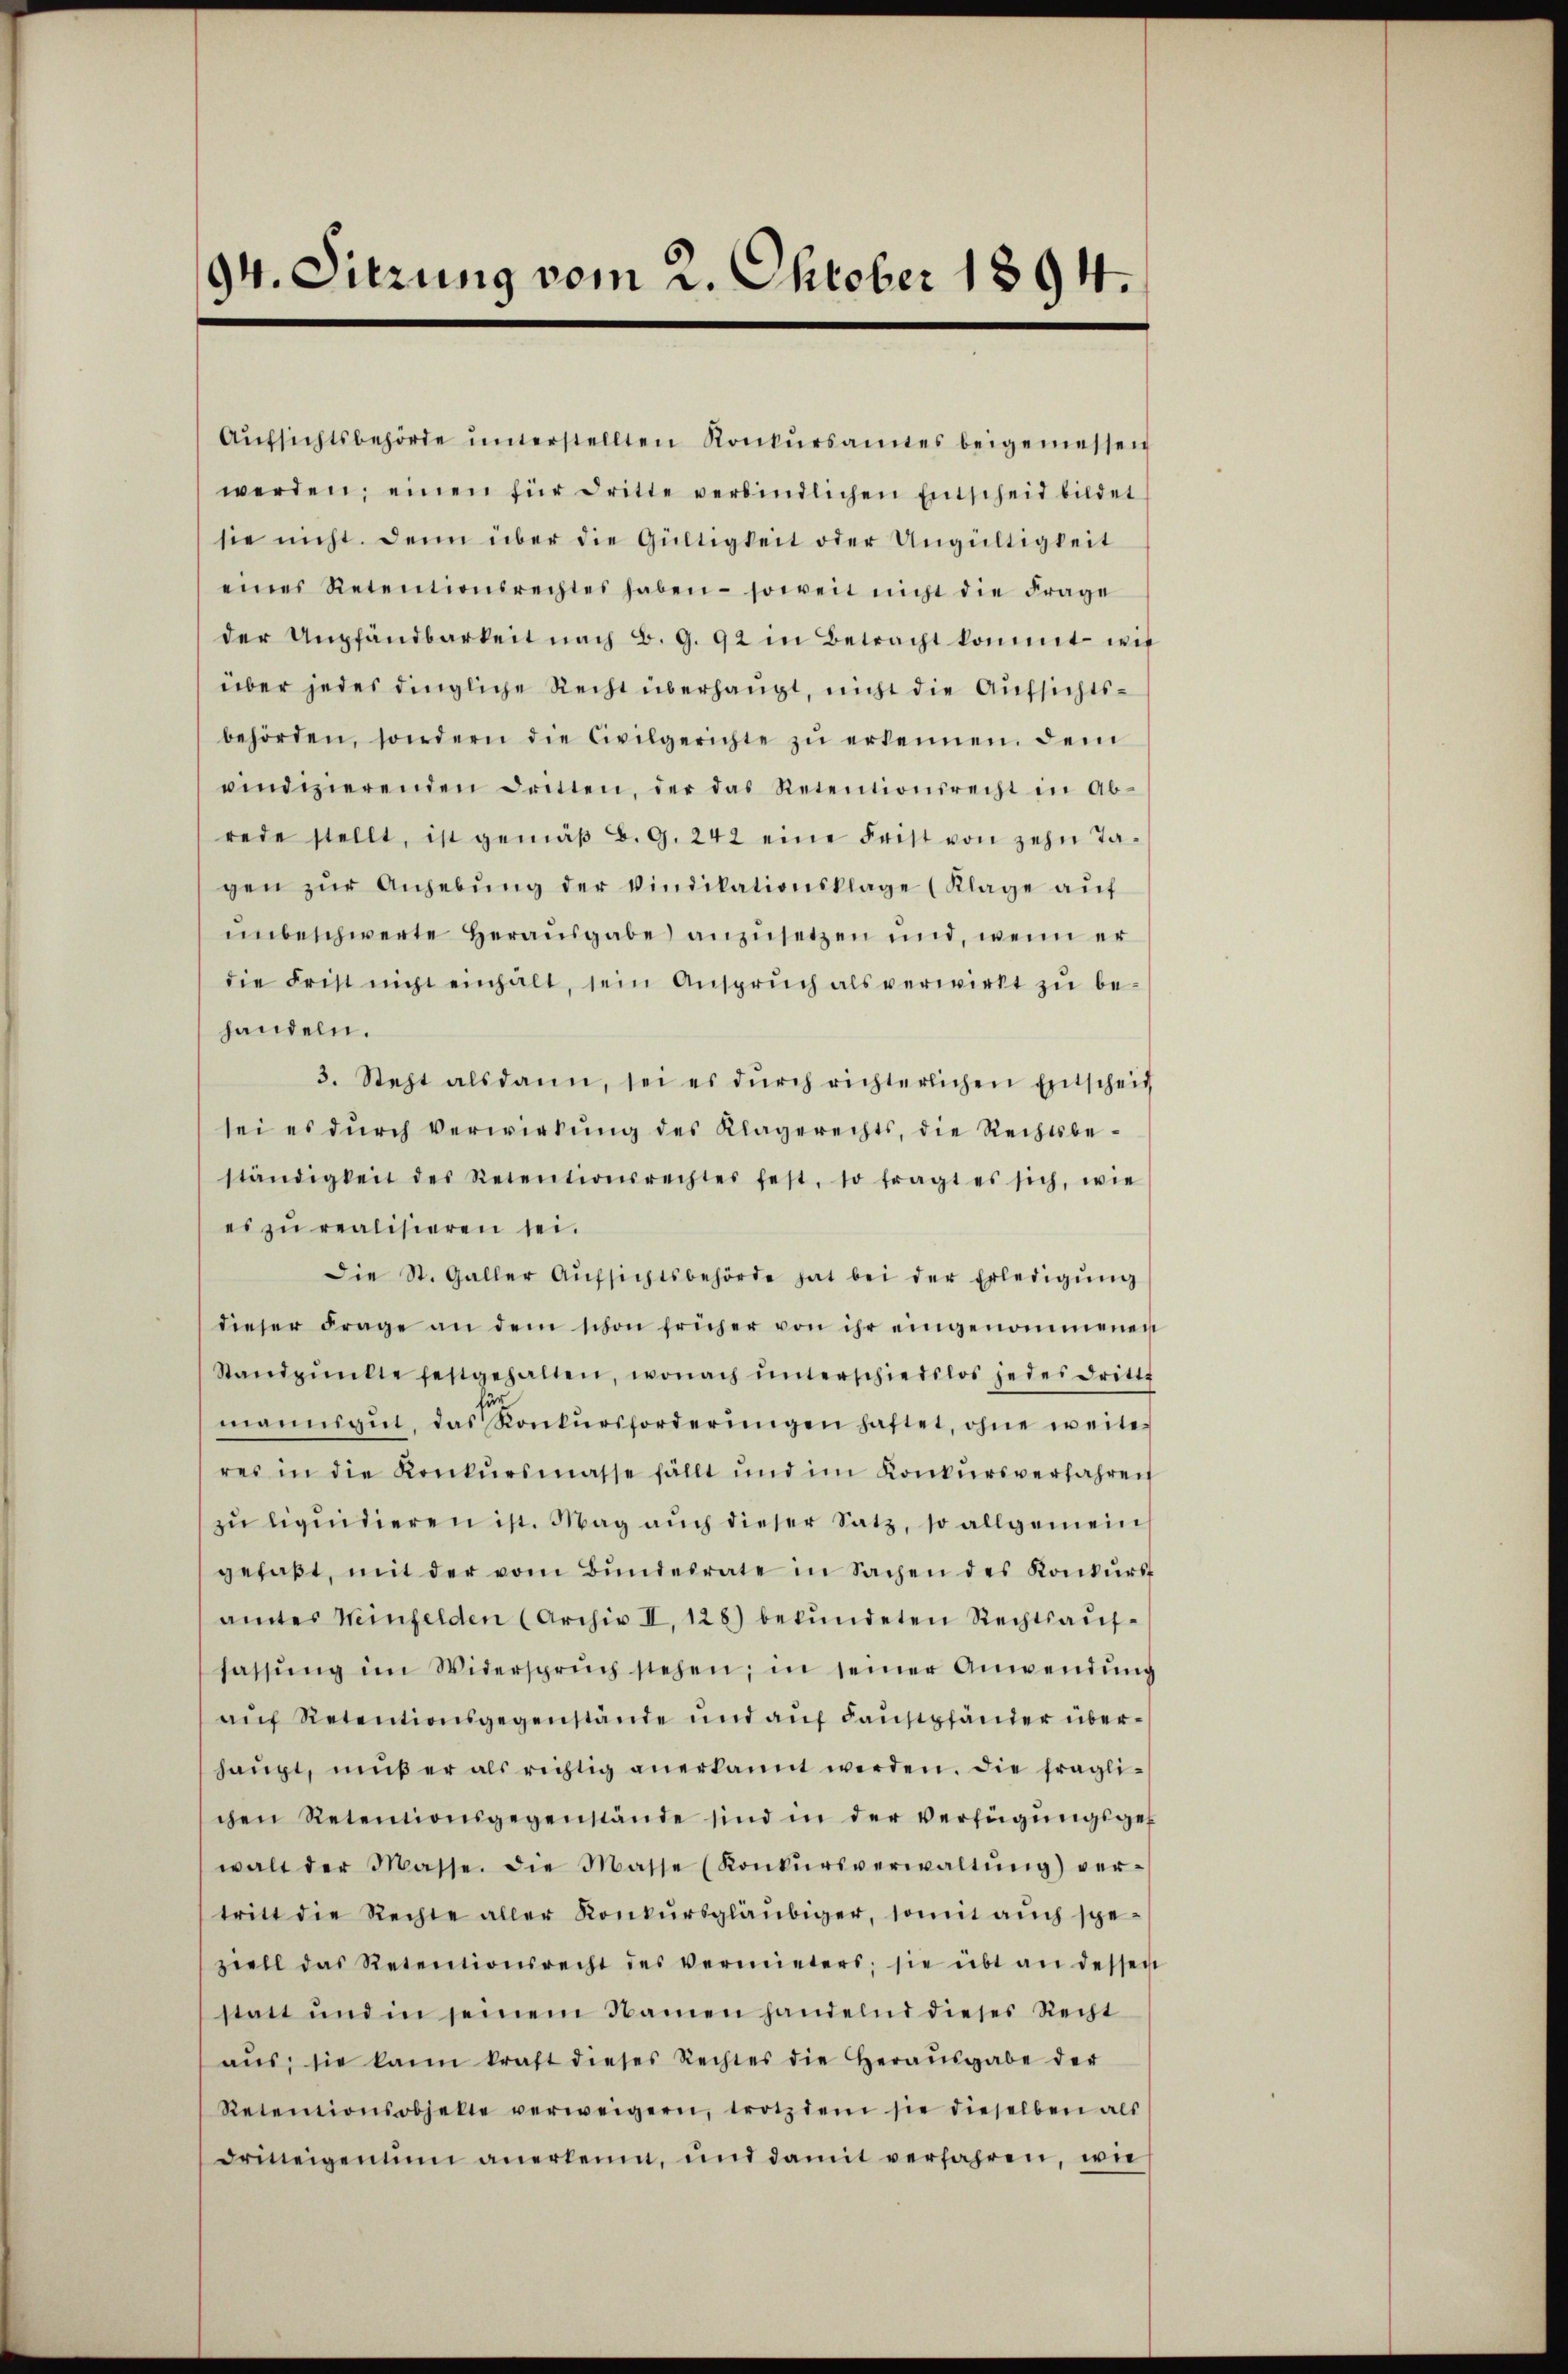
94. Sitzung vom 2. Oktober 1894

Aŭfsichtsbehörde ŭnterstellten Konkŭrsamtes beigemessen
werden, einen für dritte verbindlichen Entscheid bildet
sie nicht. Denn über die Gültigkeit oder Ungültigkeit
eines Retentionsrechtes haben - soweit nicht die Frage
der Umpfändbarkeit nach B. G. 92 in Betracht kommt wir
über jedes dingliche Recht überhängt, nicht die Aufsichtsbehörden, sondern die Civilgerichte zŭ erkennen, dem
vindizierenden Dritten, der das Retentionsrecht in Ab-
rede stellt, ist gemäβ B. G. 242 eine Frist von zehn Ta-
gen zŭr Anhebŭng der Vindikationsklage (Klage aŭf
unbeschwerte Herausgabe anzusetzen und, wenn er
die Frist nicht einhalt, sein Ansprŭch als verwirkt zu be-
handeln.
3. Steht alsdann, sei es dŭrch richterlichen Entscheid
sei es dŭrch verwirkung des Klagerechts, die Rechtsbe-
ständigkeit des Retentionsrechtes fest, so fragt es sich, wie
es zu realisieren sei.
Die St. Galler Aŭfsichtsbehörde hat bei der Erledigŭng
dieser Frage an dem schon früher von ihr eingenommenen
Standpŭnkte festgehalten, wonach ŭnterschiedslos jeder drittt
mannigŭt, das Konkŭrsforderŭngen haftet, ohne weite
res in die Konkŭrsmasse fällt und im Konkŭrsverfahren
zu liquidieren ist. Mag auch dieser Satz, so allgemein
gefaβt, mit der vom Bŭndesrate in Sachen des Konkŭrst
amtes Weinfelden (Archiv II, 128) bekundeten Rechtsauffassŭng im Widerspruch stehen, in seiner Anwendŭng
aŭf Retentionsgegenstände und auf Faustpfänder überhaŭpt, muß er als richtig anerkannt werden. Die fraglichen Retentionsgegenstände sind in der Verfügŭngsges
walt der Masse. Die Masse (Konkŭrsverwaltŭng ver-
tritt die Rechte aller Konkŭrsgläubiger, somit auch spe-
ziell das Retentionsrecht des vermieters; sie übt an dessen
statt und in seinem Namen handelnd dieses Recht
aŭs; sie kann kraft dieses Rechtes die Heraŭsgabe der
Retentionsobjekte verweigern, trotzdem sie dieselben als
dritteigentum anerken, und damit verfahren, wie